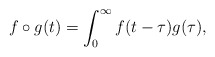
\begin{align*}f\circ g(t)=\int^{\infty}_{0}f(t-\tau)g(\tau),\end{align*}